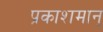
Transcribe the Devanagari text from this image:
प्रकाशमान्